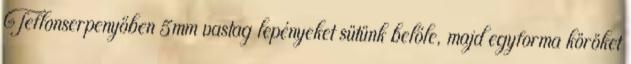
Teflonserpenyőben 5mm vastag lepényeket sütünk belőle, majd egyforma köröket